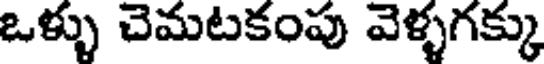
ఒళ్ళు చెమటకంపు వెళ్ళగక్కు